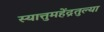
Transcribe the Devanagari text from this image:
स्यात्तुमहेंद्रतुल्या